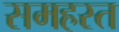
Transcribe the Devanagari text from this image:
समहस्त